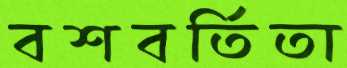
বশবর্তিতা